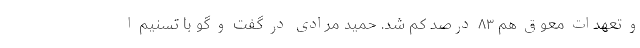
و تعهدات معوق هم ۸۳ درصد کم شد. حمید مرادی در گفت و گو با تسنیم ا